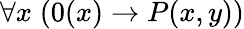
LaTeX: \forall x\; (0(x)\rightarrow P(x,y))